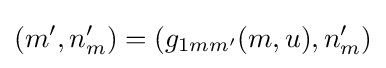
(m',n_{m}')=(g_{1mm'}(m,u),n_{m}')